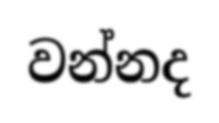
වන්නද